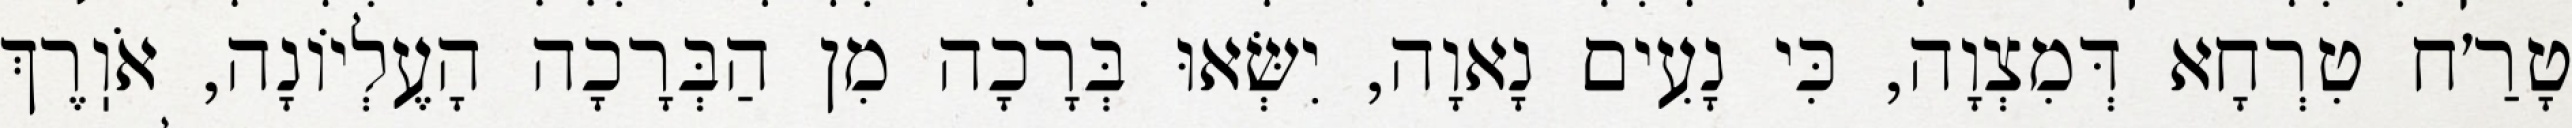
טָרַ׳ח טִרְחָא דְּמִצְוָה, כִּי נָעִים נָאוָה, יִשְּׂאוּ בְּרָכָה מִן הַבְּרָכָה הָעֶלְיוֹנָה, אֹוֽרֶךְ